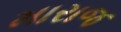
મારાજ